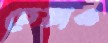
চেয়াও